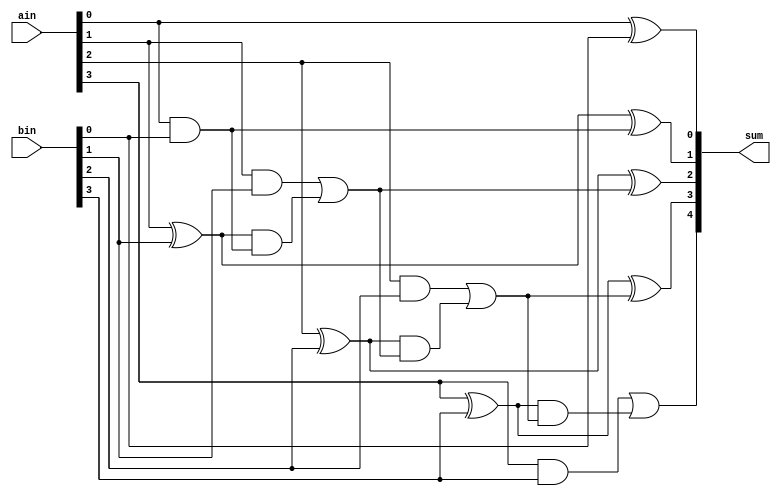
module add_two_values_function(
    input [3:0] ain, bin,
	output reg [4:0] sum
    );
    
    function [1:0] full_add;
       input a,b;
       input cin;
       begin
           full_add[0]=a^b^cin;
           full_add[1]=(a&b)|((a^b)&cin);
       end
     endfunction
        
    function [4:0] add_two_values;
        input [3:0] a,b;
        reg c[3:0];
        begin
            {c[0],add_two_values[0]}=full_add(a[0],b[0],1'b0);
            {c[1],add_two_values[1]}=full_add(a[1],b[1],c[0]);
            {c[2],add_two_values[2]}=full_add(a[2],b[2],c[1]);
            {add_two_values[4],add_two_values[3]}=full_add(a[3],b[3],c[2]);
        end
    endfunction
    
    always@(ain,bin)
        sum=add_two_values(ain,bin);
endmodule